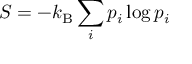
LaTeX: S = - k _ { \mathrm { B } } \sum _ { i } p _ { i } \log p _ { i }